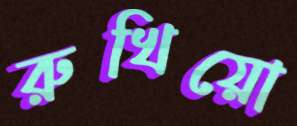
রুখিয়ো